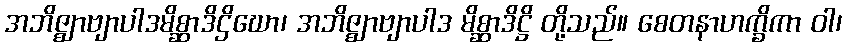
အဘိဇ္ဈာဗျာပါဒမိစ္ဆာဒိဌိဃော၊ အဘိဇ္ဈာဗျာပါဒ မိစ္ဆာဒိဋ္ဌိ တို့သည်။ စေတနာဟက္ခိကာ ဝါ၊